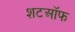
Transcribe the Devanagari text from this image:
शटऑफ